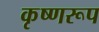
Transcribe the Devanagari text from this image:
कृष्णरूप